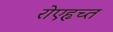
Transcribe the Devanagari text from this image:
रोएहृच्त